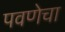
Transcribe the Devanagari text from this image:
पवणेचा